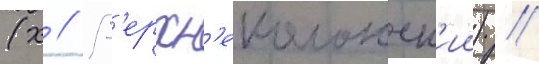
(х // В'ерхн'еколонск'ии) //